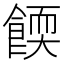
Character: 餪